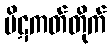
ပိဋကတ်တိုက်